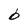
Character: b